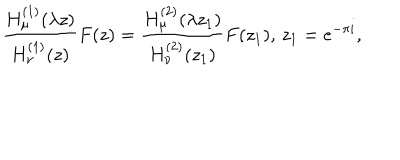
LaTeX: \frac { H _ { \mu } ^ { ( 1 ) } ( \lambda z ) } { H _ { \nu } ^ { ( 1 ) } ( z ) } F ( z ) = \frac { H _ { \mu } ^ { ( 2 ) } ( \lambda z _ { 1 } ) } { H _ { \nu } ^ { ( 2 ) } ( z _ { 1 } ) } F ( z _ { 1 } ) , \, z _ { 1 } = e ^ { - \pi i } ,